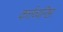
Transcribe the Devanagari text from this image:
कर्त्तव्यनिष्ठा